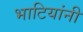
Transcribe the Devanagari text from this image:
भाटियांनी